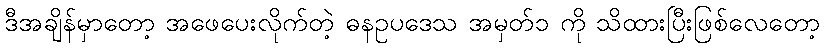
ဒီအချိန်မှာတော့ အဖေပေးလိုက်တဲ့ ဓနဥပဒေသ အမှတ်၁ ကို သိထားပြီးဖြစ်လေတော့